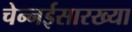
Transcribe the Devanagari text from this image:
चेन्नईसारख्या